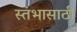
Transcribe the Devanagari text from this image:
स्तंभासाठी